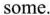
some.